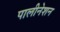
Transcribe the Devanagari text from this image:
पालीनेशन